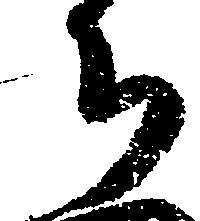
ち